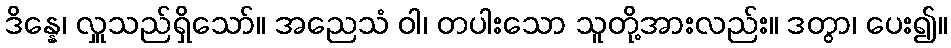
ဒိန္နေ၊ လှူသည်ရှိသော်။ အညေသံ ဝါ၊ တပါးသော သူတို့အားလည်း။ ဒတွာ၊ ပေး၍။